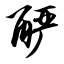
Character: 酽